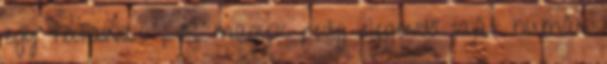
egy fiatalnak , ők maguk pedig elegendő saját humán